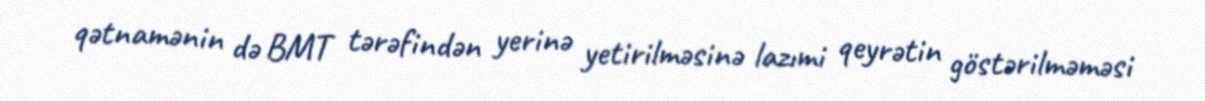
qətnamənin də BMT tərəfindən yerinə yetirilməsinə lazımi qeyrətin göstərilməməsi